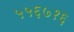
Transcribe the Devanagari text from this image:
५५६७१६